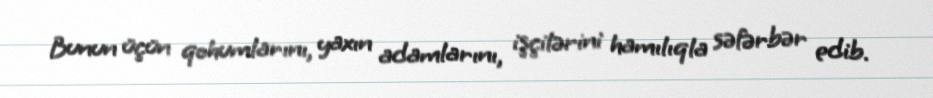
Bunun üçün qohumlarını, yaxın adamlarını, işçilərini hamılıqla səfərbər edib.